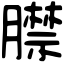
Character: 𦡞